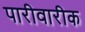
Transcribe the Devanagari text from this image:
पारीवारीक